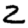
Digit: 2